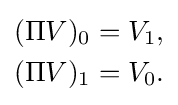
{\begin{aligned}(\Pi V)_{0}&=V_{1},\\(\Pi V)_{1}&=V_{0}.\end{aligned}}